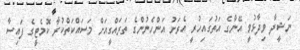
ނަޝީދާ ވިދާޅުވީ އޭނާގެ އަތުގައިހުރީ އެރަށު އަންހެނުންގެ ތަރައްގީއަށް މަސައްކަތްކުރާ ކޮމެޓީގެ ފައިސާ